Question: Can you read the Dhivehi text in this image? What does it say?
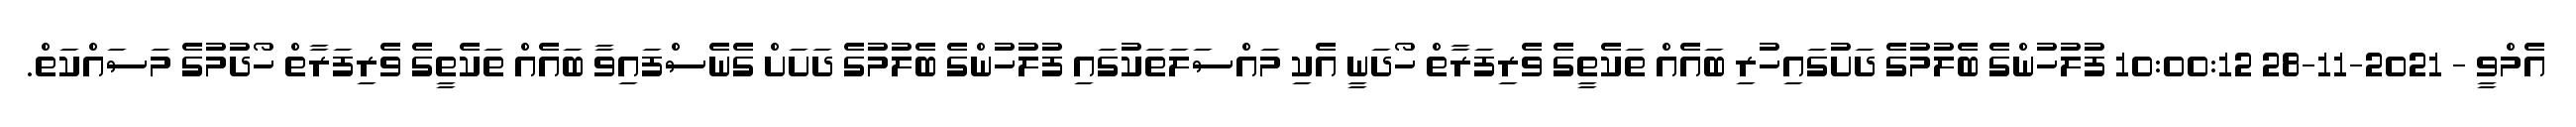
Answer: އެމްވީ - 2021-11-28 10:00:12 ފުލުހުންގެ ބެލުމުގެ ދަށުގައިހުރި ބައެއް ތަކެތީގެ ވެރިފަރާތް ހޯދަނީ އެކި މައްސަލަތަކުގައި ފުލުހުންގެ ބެލުމުގެ ދަށަށް ގެނެސްފައިވާ ބައެއް ތަކެތީގެ ވެރިފަރާތް ހޯދުމުގެ މަސައްކަތް.